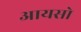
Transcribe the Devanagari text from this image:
आयसो